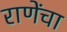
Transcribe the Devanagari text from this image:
राणेंचा